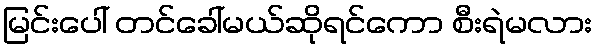
မြင်းပေါ် တင်ခေါ်မယ်ဆိုရင်ကော စီးရဲမလား